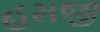
હમજી